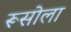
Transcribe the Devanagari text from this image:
रूसोला